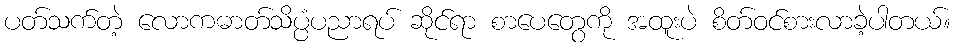
ပတ်သက်တဲ့ လောကဓာတ်သိပ္ပံပညာရပ် ဆိုင်ရာ စာပေတွေကို အထူးပဲ စိတ်ဝင်စားလာခဲ့ပါတယ်။